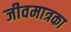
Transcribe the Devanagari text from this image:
जीवमात्रका